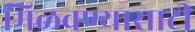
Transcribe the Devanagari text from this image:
मिळवण्यासाटी